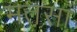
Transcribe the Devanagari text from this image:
मतसां